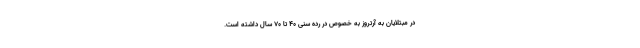
در مبتلایان به آرتروز به خصوص در رده سنی 40 تا 70 سال داشته است.